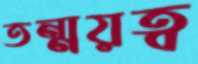
তন্ময়ত্ব